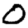
Digit: 0